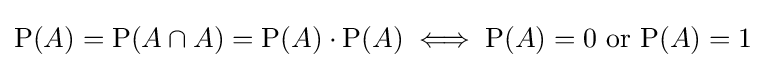
\mathrm {P} (A)=\mathrm {P} (A\cap A)=\mathrm {P} (A)\cdot \mathrm {P} (A)\iff \mathrm {P} (A)=0{\text{ or }}\mathrm {P} (A)=1